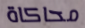
محاكاة